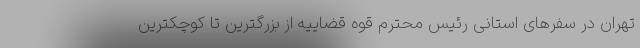
تهران در سفرهای استانی رئیس محترم قوه قضاییه از بزرگترین تا کوچکترین